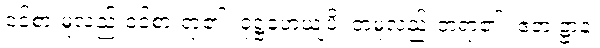
ဝင်စားမူလည်းဝင်စားရာ၏။ ဝုဋ္ဌဟေယျပိ၊ တမူလည်းတရာ၏။ ဧတံ ဋ္ဌာနံ၊